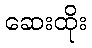
ဆေးထိုး